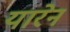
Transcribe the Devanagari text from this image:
यारेन